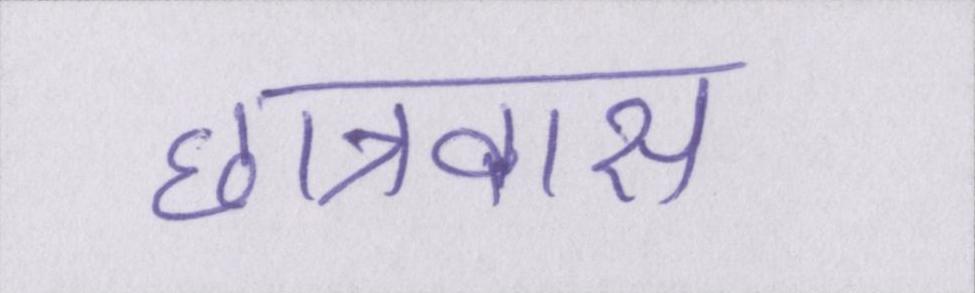
छात्रावास